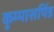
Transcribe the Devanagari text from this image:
कुम्मासपिंड